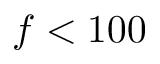
f < 1 0 0